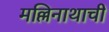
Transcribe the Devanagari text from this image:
मल्लिनाथाची